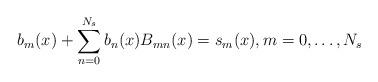
LaTeX: \begin{align*}b_{m}(x)+\sum_{n=0}^{N_{s}}b_{n}(x)B_{mn}(x)=s_{m}(x),m=0,\ldots,N_{s}\end{align*}